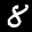
Label: 8